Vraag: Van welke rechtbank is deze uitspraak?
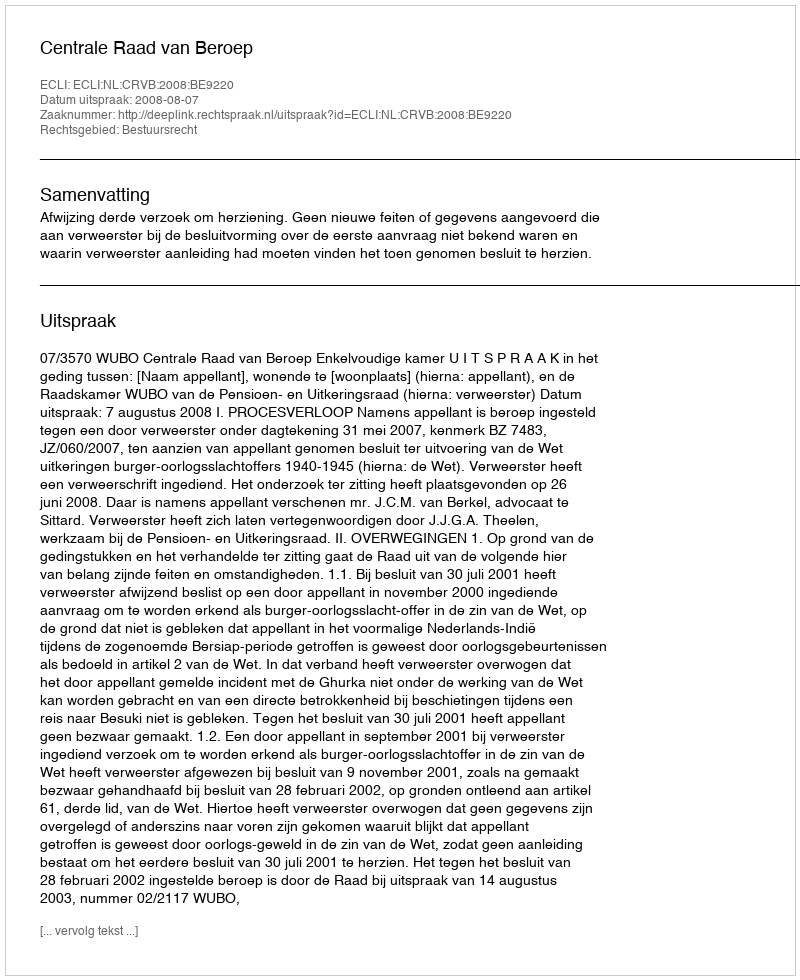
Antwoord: Centrale Raad van Beroep